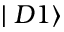
\mid D 1 \rangle